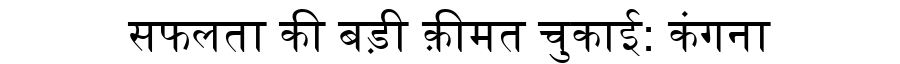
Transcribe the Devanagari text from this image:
सफलता की बड़ी क़ीमत चुकाई: कंगना